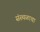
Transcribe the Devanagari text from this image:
संस्थळाचा